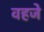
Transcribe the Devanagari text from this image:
वहजे